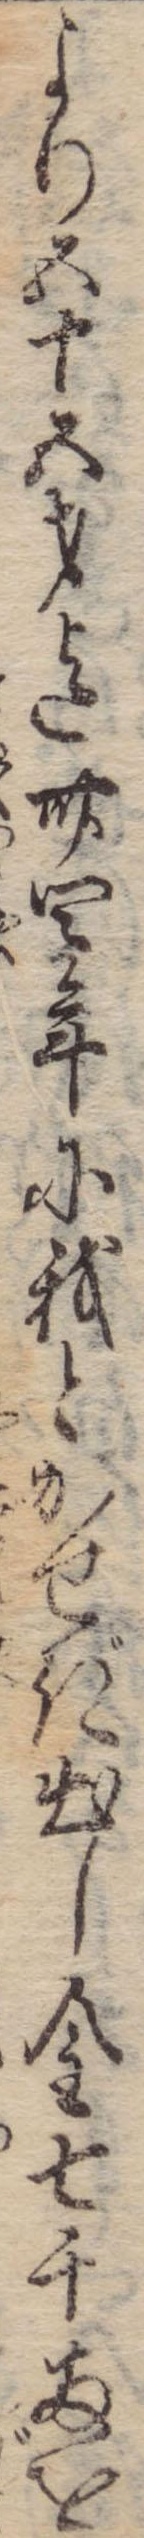
より五十五才迄卅四年に我とかせぎ出し金七千両を